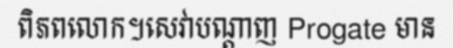
ពិភពលោក។សេវាបណ្តាញ Progate មាន